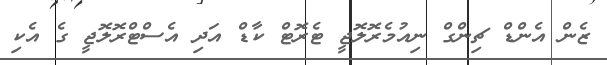
ޒެން އެންޑް ޗިންގް ނިއުމެރޮލޮޖީ ޓެރޮޓް ކާޑް އަދި އެސްޓްރޮލޮޖީ ގެ އެކި